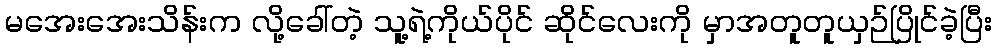
မအေးအေးသိန်းက လို့ခေါ်တဲ့ သူ့ရဲ့ကိုယ်ပိုင် ဆိုင်လေးကို မှာအတူတူယှဉ်ပြိုင်ခဲ့ပြီး